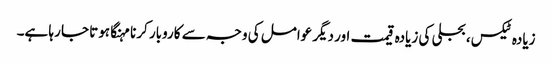
زیادہ ٹیکس، بجلی کی زیادہ قیمت اور دیگر عوامل کی وجہ سے کاروبار کرنا مہنگا ہوتا جا رہا ہے۔